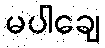
မပါချေ